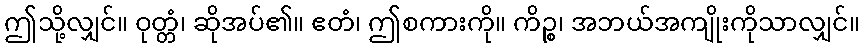
ဤသို့လျှင်။ ဝုတ္တံ၊ ဆိုအပ်၏။ ဧတံ၊ ဤစကားကို။ ကိဉ္စ၊ အဘယ်အကျိုးကိုသာလျှင်။